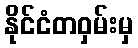
နိုင်ငံတဝှမ်းမှ